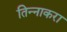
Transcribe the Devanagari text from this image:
तिन्नाकरा